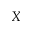
X